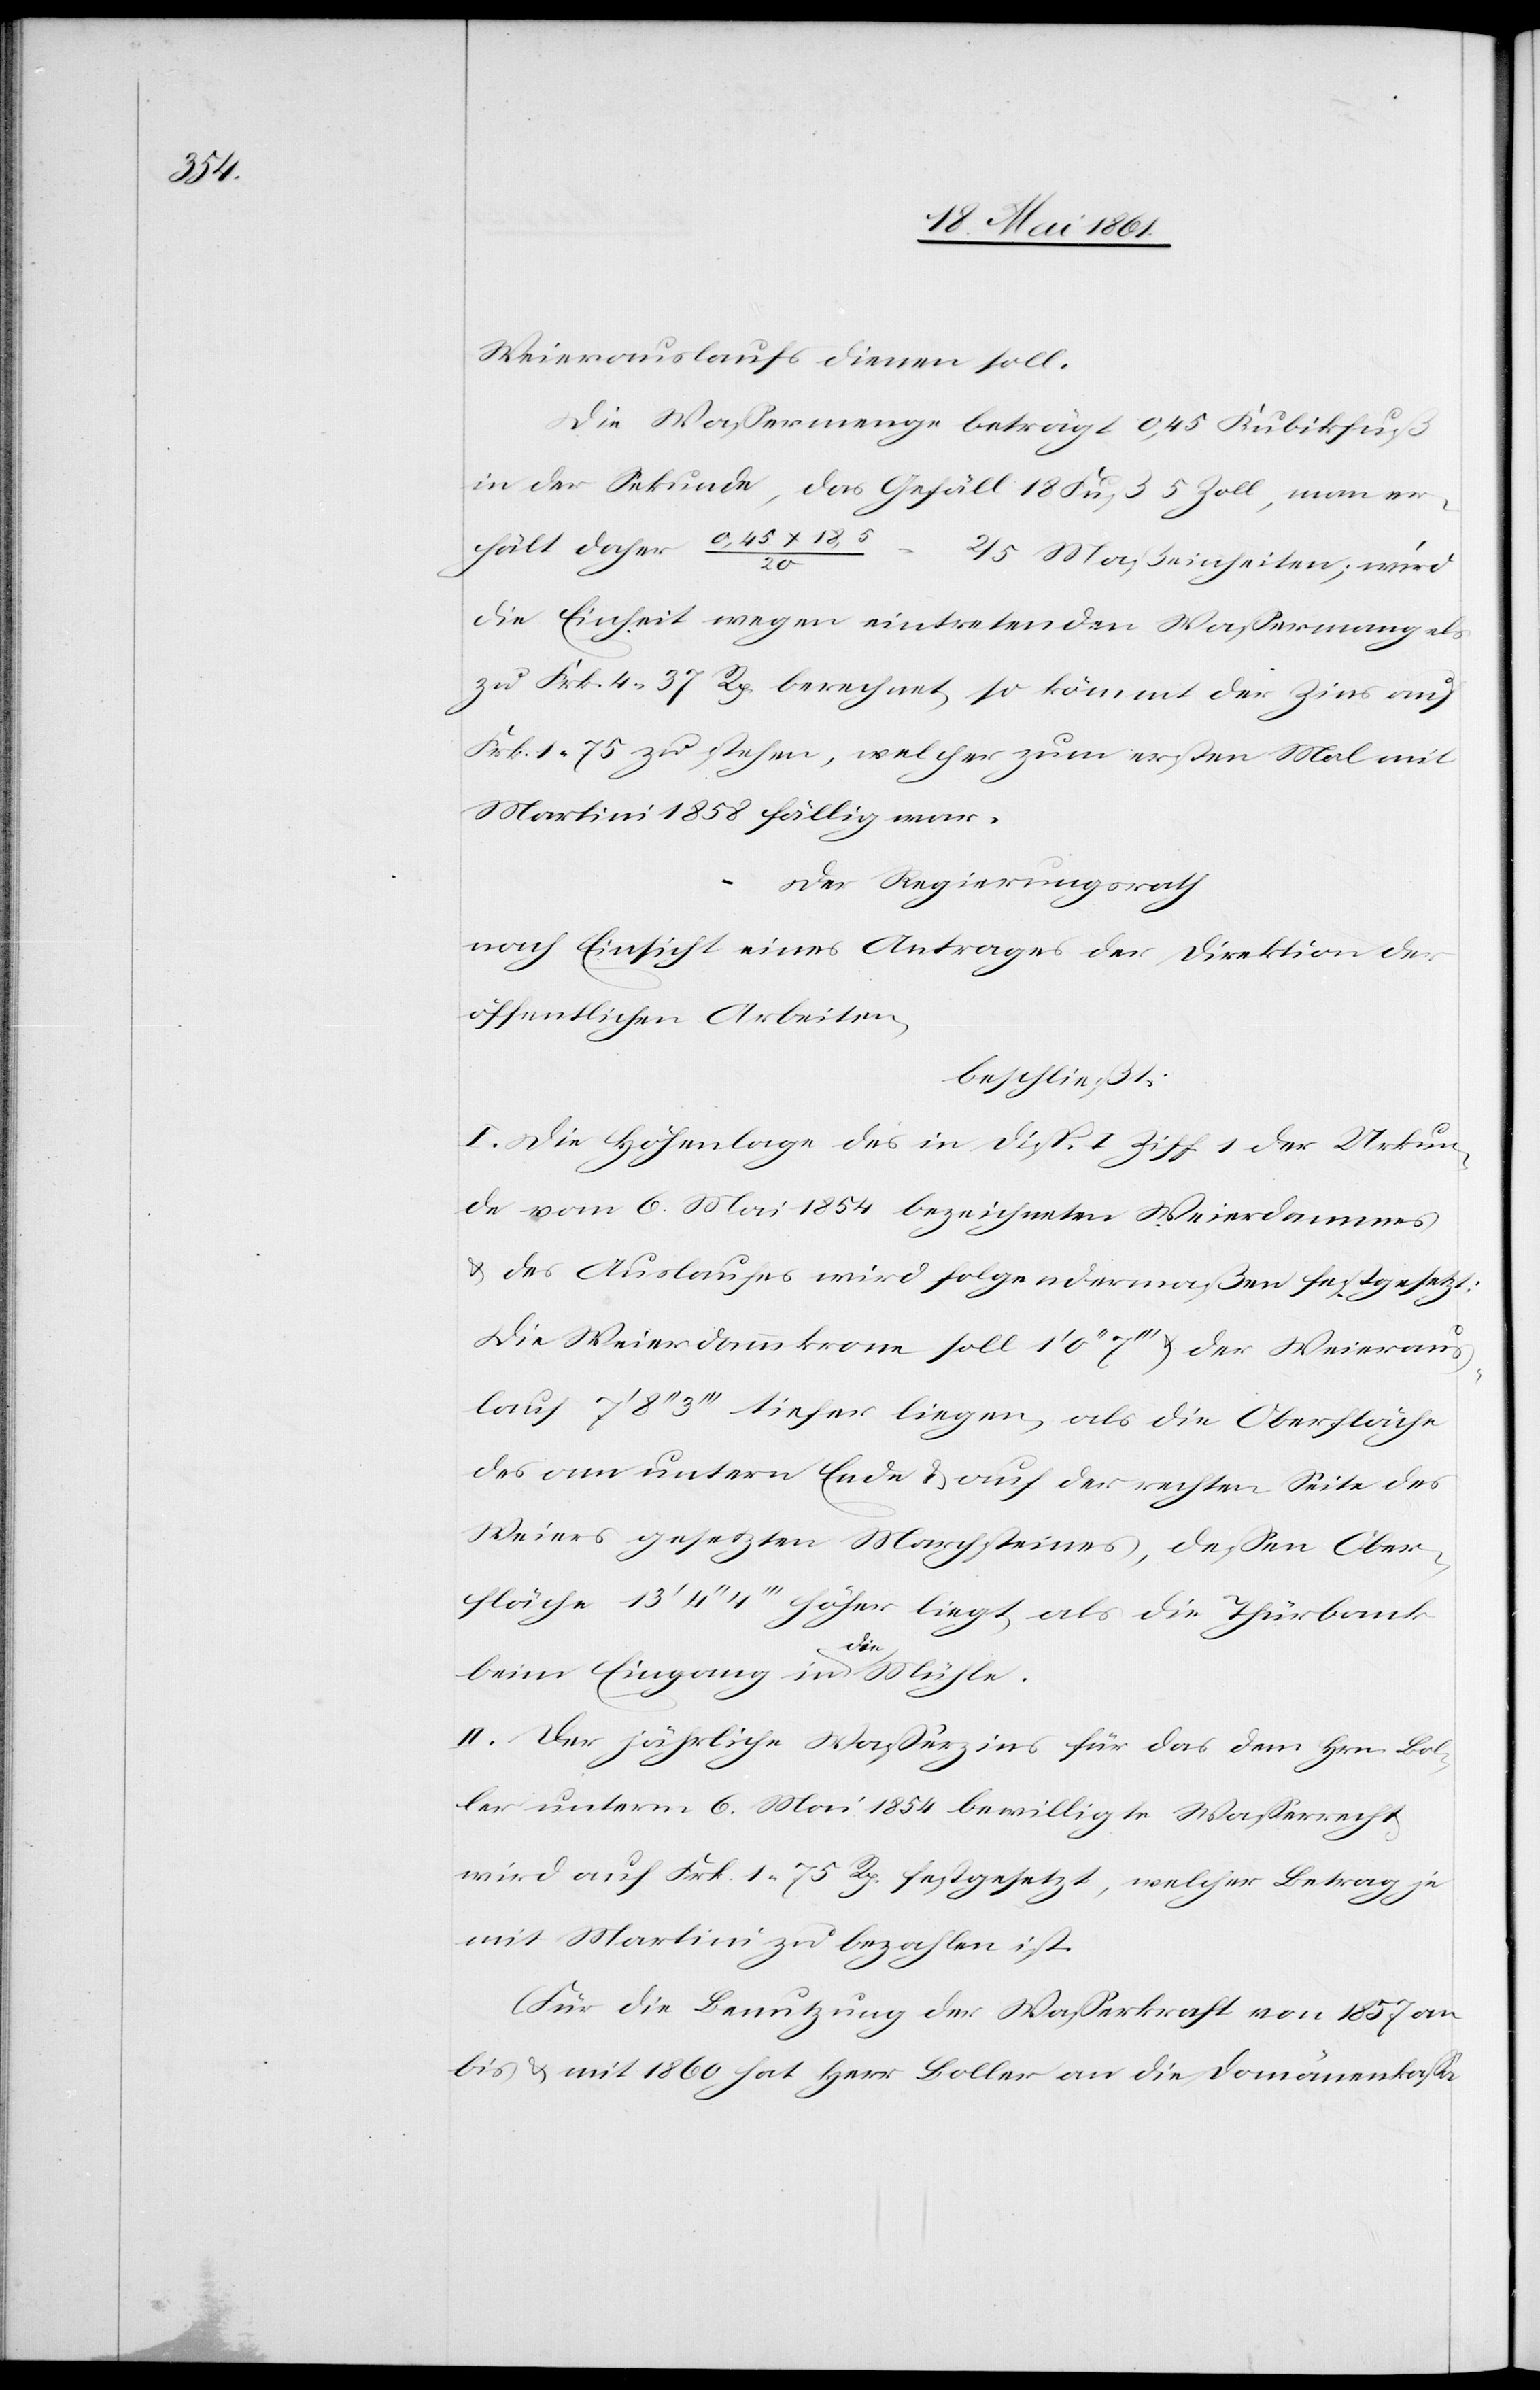
Weierauslaufs dienen soll.
Die Wassermenge beträgt 0,45 Kubikfuß
in der Sekunde, das Gefäll 18 Fuß 5 Zoll, man er¬
hält daher 0,45 x
2/5 Maßeinheiten; wird
die Einheit wegen eintretenden Wassermangels
zu Frk. 4 37 Rp. berechnet, so kömmt der Zins auf
Frk. 1,75 zu stehen, welcher zum ersten Mal mit
Martini 1858 fällig war.
Der Regierungsrath
nach Einsicht eines Antrages der Direktion der
öffentlichen Arbeiten,
beschließt:
I. Die Höhenlage des in Disp. I. Ziff. 1 der Urkun¬
de vom 6. Mai 1854 bezeichneten Weierdammes
u. des Auslaufs wird folgendermaßen festgesetzt:
Die Weierdammskrone soll 1’ 0’’ 7’’’ u. der Weieraus¬
lauf 7’ 8’’ 3’’’ tiefer liegen, als die Oberfläche
des am untern Ende u. auf der rechten Seite des
Weiers gesetzten Marchsteines, dessen Ober¬
fläche 13’ 4’’ 4’’’ höher liegt, als die Türbank
beim Eingang in die Mühle.
II. Der jährliche Wasserzins für das dem Hrn. Bol¬
ler unterm 6. Mai 1854 bewilligte Wasserrecht
wird auf Frk. 1 75 Rp. festgesetzt, welcher Betrag je
mit Martini zu bezahlen ist.
(Für die Benutzung der Wasserkraft von 1857 an
bis u. mit 1860 hat Herr Boller an die Domänenkasse